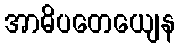
အာဓိပတေယျေန